Indian journal of veterinary science and animal husbandry - Volumes 28-29, 1958-1959
Year: 1958
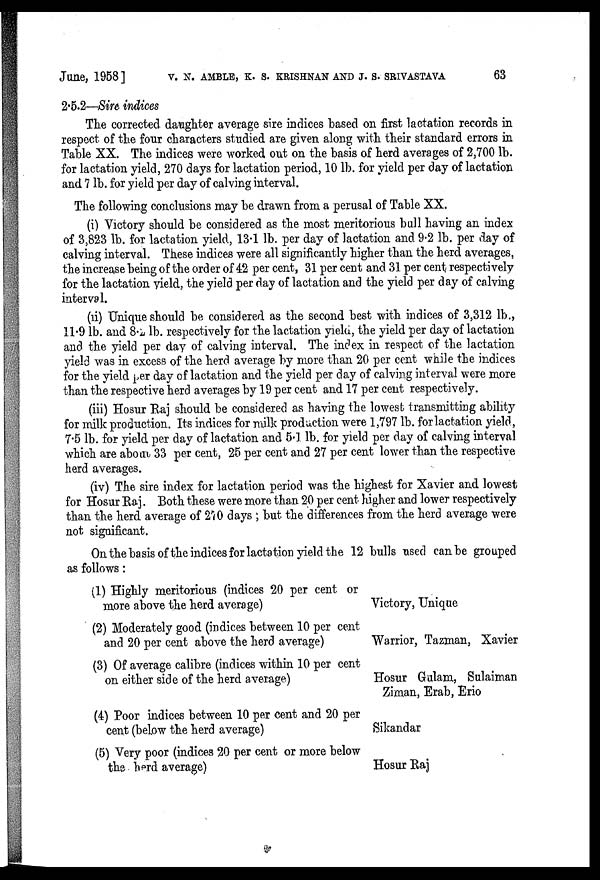
June, 1958 ] V. N. AMBLE, K. S. KRISHNAN AND J. S. SRIVASTAVA 63
2.5.2—Sire indices
The corrected daughter average sire indices based on first lactation records in
respect of the four characters studied are given along with their standard errors in
Table XX. The indices were worked out on the basis of herd averages of 2,700 lb.
for lactation yield, 270 days for lactation period, 10 lb. for yield per day of lactation
and 7 lb. for yield per day of calving interval.
The following conclusions may be drawn from a perusal of Table XX.
(i) Victory should be considered as the most meritorious bull having an index
of 3,823 lb. for lactation yield, 13.1 lb. per day of lactation and 9.2 lb. per day of
calving interval. These indices were all significantly higher than the herd averages,
the increase being of the order of 42 per cent, 31 per cent and 31 per cent respectively
for the lactation yield, the yield per day of lactation and the yield per day of calving
interval.
(ii) Unique should be considered as the second best with indices of 3,312 lb.,
11.9 lb. and 8.2 lb. respectively for the lactation yield, the yield per day of lactation
and the yield per day of calving interval. The index in respect of the lactation
yield was in excess of the herd average by more than 20 per cent while the indices
for the yield per day of lactation and the yield per day of calving interval were more
than the respective herd averages by 19 per cent and 17 per cent respectively.
(iii) Hosur Raj should be considered as having the lowest transmitting ability
for milk production. Its indices for milk production were 1,797 lb. forlactation yield,
7.5 lb. for yield per day of lactation and 5.1 lb. for yield per day of calving interval
which are about 33 per cent, 25 per cent and 27 per cent lower than the respective
herd averages.
(iv) The sire index for lactation period was the highest for Xavier and lowest
for Hosur Raj. Both these were more than 20 per cent higher and lower respectively
than the herd average of 270 days ; but the differences from the herd average were
not significant.
On the basis of the indices for lactation yield the 12 bulls used can be grouped
as follows:
(1) Highly meritorious (indices 20 per cent or
more above the herd average)
(2) Moderately good (indices between 10 per cent
and 20 per cent above the herd average)
(3) Of average calibre (indices within 10 per cent
on either side of the herd average)
(4) Poor indices between 10 per cent and 20 per
cent (below the herd average)
(5) Very poor (indices 20 per cent or more below
the herd average)
Victory, Unique
Warrior, Tazman, Xavier
Hosur Gulam, Sulaiman
Ziman, Erab, Erio
Sikandar
Hosur Raj